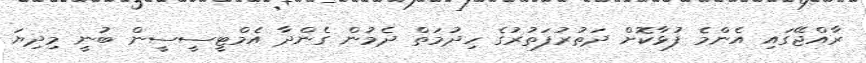
ރާއްޖޭގައި އެންމެ ފުޅާކޮށް ދަތުރުފަތުރުގެ ހިދުމަތް ދެމުން ގެންދާ އެމްޓީސީސީން ބުނީ މިދިޔަ